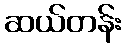
ဆယ်တန်း